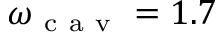
\omega _ { \mathrm { ~ c ~ a ~ v ~ } } = 1 . 7